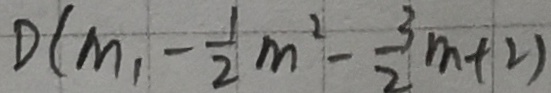
D ( m , - \frac { 1 } { 2 } m ^ { 2 } - \frac { 3 } { 2 } m + 2 )